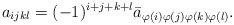
\begin{align*}a_{ijkl}=(-1)^{i+j+k+l}\bar{a}_{\varphi(i)\varphi(j)\varphi(k)\varphi(l)}. \end{align*}